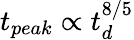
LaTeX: t_{peak}\propto t_{d}^{8/5}